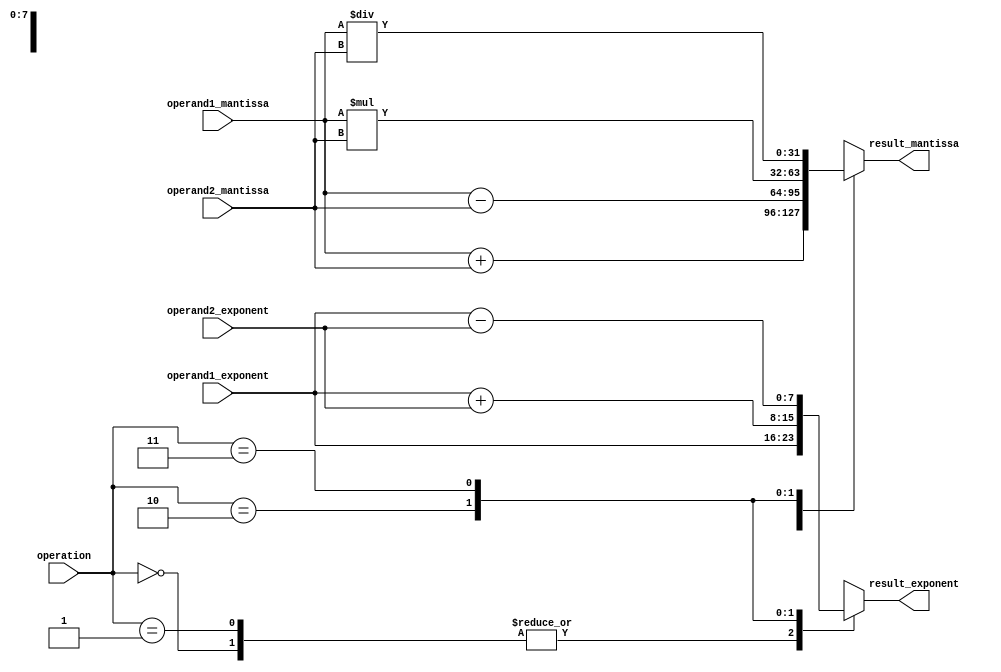
module FloatingPointUnit (
    input [31:0] operand1_mantissa,
    input [7:0] operand1_exponent,
    input [31:0] operand2_mantissa,
    input [7:0] operand2_exponent,
    input [1:0] operation,
    output reg [31:0] result_mantissa,
    output reg [7:0] result_exponent
);

reg [31:0] temp_mantissa;
reg [7:0] temp_exponent;

always @(*) begin
    case(operation)
        2'b00: begin // Addition
            // Perform addition operation
            temp_mantissa = operand1_mantissa + operand2_mantissa;
            temp_exponent = operand1_exponent; // Exponent remains the same
        end
        2'b01: begin // Subtraction
            // Perform subtraction operation
            temp_mantissa = operand1_mantissa - operand2_mantissa;
            temp_exponent = operand1_exponent; // Exponent remains the same
        end
        2'b10: begin // Multiplication
            // Perform multiplication operation
            temp_mantissa = operand1_mantissa * operand2_mantissa;
            temp_exponent = operand1_exponent + operand2_exponent; // Add exponents
        end
        2'b11: begin // Division
            // Perform division operation
            temp_mantissa = operand1_mantissa / operand2_mantissa;
            temp_exponent = operand1_exponent - operand2_exponent; // Subtract exponents
        end
        default: begin
            temp_mantissa = 32'b0;
            temp_exponent = 8'b0;
        end
    endcase
end

assign result_mantissa = temp_mantissa;
assign result_exponent = temp_exponent;

endmodule